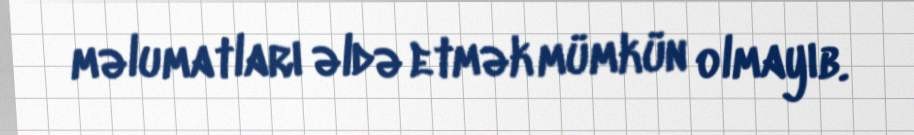
məlumatları əldə etmək mümkün olmayıb.